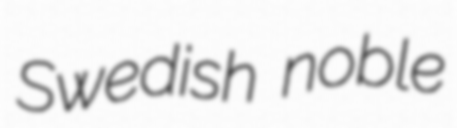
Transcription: Swedish noble